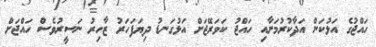
ހައްޖުގެ އަޅުކަން އަދާކުރުމަށާއި ހައްޖު ކަވަރޭޖަށް އަޅުގަނޑު ދިޔަފަހަރު ޒާހިރު ނަސީރުވެސް ހައްޖަށް